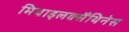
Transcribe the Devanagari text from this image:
मिथाइलक्सैंथिनेस